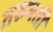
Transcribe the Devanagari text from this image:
तरुमती